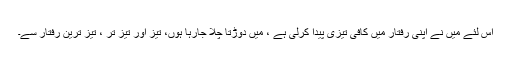
اس لئے میں نے اپنی رفتار میں کافی تیزی پیدا کرلی ہے ، میں دوڑتا چلا جارہا ہوں، تیز اور تیز تر ، تیز ترین رفتار سے۔